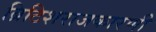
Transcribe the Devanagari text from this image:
ब्रिटिशराजकारणी